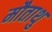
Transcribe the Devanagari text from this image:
मौताथु